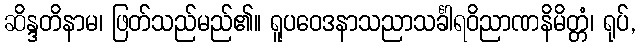
ဆိန္ဒတိနာမ၊ ဖြတ်သည်မည်၏။ ရူပဝေဒနာသညာသင်္ခါရဝိညာဏနိမိတ္တံ၊ ရုပ်,